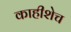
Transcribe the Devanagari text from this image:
काहीशेच